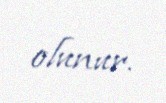
olunur.